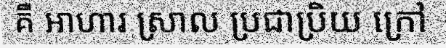
គឺ អាហារ ស្រាល ប្រជាប្រិយ ក្រៅ